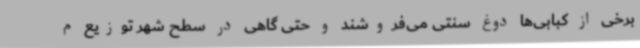
برخی از کبابی‌ها دوغ سنتی می‌فروشند و حتی گاهی در سطح شهر توزیع م